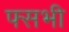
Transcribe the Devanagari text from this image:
फ्सभी